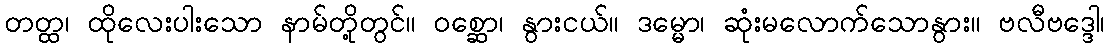
တတ္ထ၊ ထိုလေးပါးသော နာမ်တို့တွင်။ ဝစ္ဆော၊ နွားငယ်။ ဒမ္မော၊ ဆုံးမလောက်သောနွား။ ဗလီဗဒ္ဒေါ၊